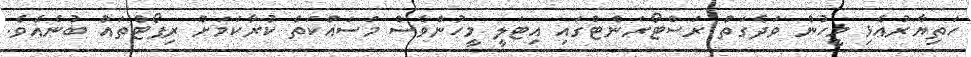
ހަތިޔާރުއެޅި މީހުން ވަދެގަތް ރަސްޓޯރަންޓްގައި އިޓަލީ މީހުންވެސް މަސައްކަތް ކުރާކަމަށް ރިޕޯޓްތައް ބުނެއެވެ.